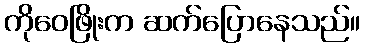
ကိုဝေဖြိုးက ဆက်ပြောနေသည်။